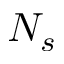
N _ { s }